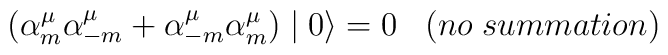
\left( {\alpha}_m^{\mu} {\alpha}_{-m}^{\mu} + {\alpha}_{-m}^{\mu}{\alpha}_m^{\mu} \right) \mid 0 \rangle = 0 \;\;\;(no\;summation)